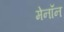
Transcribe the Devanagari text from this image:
मेनॉन